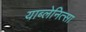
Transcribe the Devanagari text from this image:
याब्लेनित्सा